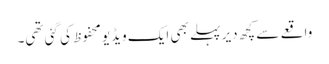
واقعے سے کچھ دیر پہلے بھی ایک ویڈیو محفوظ کی گئی تھی۔